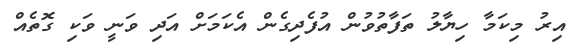
އިރު މިކަމާ ހިޔާލު ތަފާތުވުން އުފެދިގެން އެކަމަށް އަދި ވަނީ ވަކި ގޮތެއް